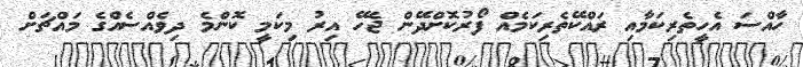
ހާއްސަ އެހީތެރިކަމާއި ރައްކޭތެރިކަމެއް ފޯރުކޮށްދޭން ޖެހޭ އިރު މިކަމީ ކޮންމެ ދިވެއްސެއްގެ މައްޗަށް